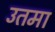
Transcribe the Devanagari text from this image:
उतमा